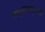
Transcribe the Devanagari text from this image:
भाट्टमतानुयायी